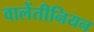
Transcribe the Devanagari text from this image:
वालेंतीनियन